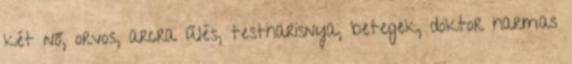
két nő, orvos, arcra űlés, testharisnya, betegek, doktor harmas